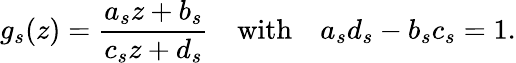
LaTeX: g_{s}(z)=\frac{a_{s}z+b_{s}}{c_{s}z+d_{s}}\quad\mathrm{{with}}\quad a_{s}d_{s}-b_{s}c_{s}=1.